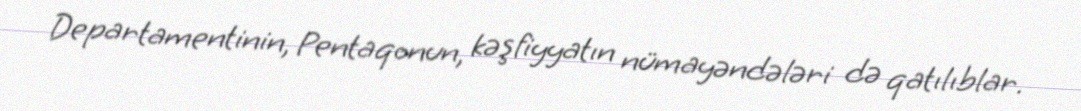
Departamentinin, Pentaqonun, kəşfiyyatın nümayəndələri də qatılıblar.